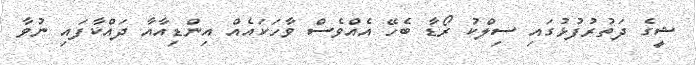
ޝީގެ ދަތުރުފުޅުގައި ސިލްކު ރޯޑާ ބެހޭ އެއްވެސް ވާހަކައެއް އިންޑިއާއާ ދައްކާފައި ނުވާ